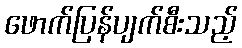
ဖောက်ပြန်ပျက်စီးသည့်